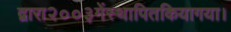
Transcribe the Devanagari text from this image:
द्वारा२००३मेंस्थापितकियागया।